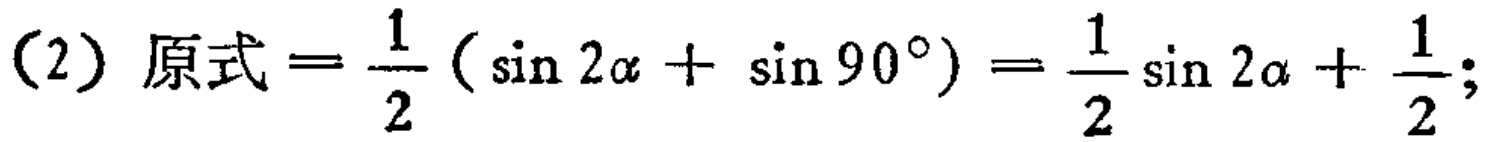
(2) 原式=\(\frac{1}{2}(\sin 2\alpha+\sin 90^{\circ})=\frac{1}{2}\sin 2\alpha+\frac{1}{2};\)